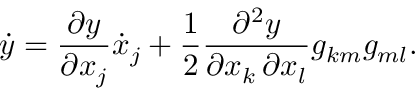
{ \dot { y } } = { \frac { \partial y } { \partial x _ { j } } } { \dot { x } } _ { j } + { \frac { 1 } { 2 } } { \frac { \partial ^ { 2 } y } { \partial x _ { k } \, \partial x _ { l } } } g _ { k m } g _ { m l } .